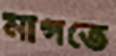
মাগতে